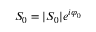
S _ { 0 } = | S _ { 0 } | e ^ { i \varphi _ { 0 } }